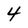
Character: 4